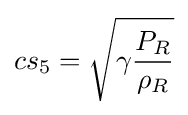
cs_{5}={\sqrt {\gamma {\frac {P_{R}}{\rho _{R}}}}}